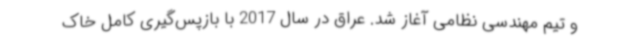
و تیم مهندسی نظامی آغاز شد. عراق در سال 2017 با بازپس‌گیری کامل خاک